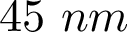
4 5 \ n m